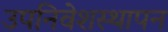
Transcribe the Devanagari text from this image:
उपनिवेशस्थापन